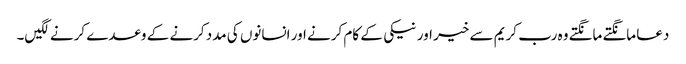
دعا مانگتے مانگتے وہ رب کریم سے خیر اور نیکی کے کام کرنے اور انسانوں کی مدد کرنے کے وعدے کرنے لگیں۔